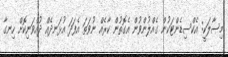
މިސާލަކީ: އެކްސިޑެންޓަކުން ގެއްލުންވުން އެގޮތުން ކާރެއް ނުވަތަ އެފަދަ އުޅަނދެއް ދުއްވަނިކޮށް ހިނގާ